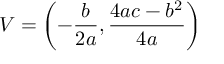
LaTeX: V = \left( - { \frac { b } { 2 a } } , { \frac { 4 a c - b ^ { 2 } } { 4 a } } \right)